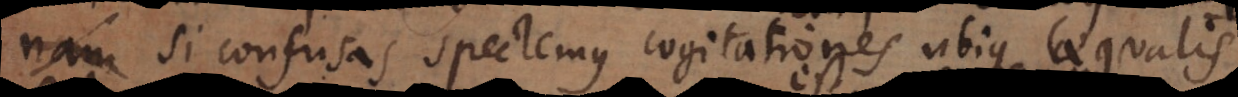
ita si confusas spectemus cogitationes ubique aequalis